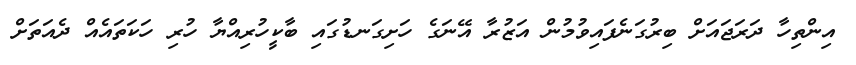
އިންތިހާ ދަރަޖައަށް ބިރުގަނެފައިވުމުން އަޒުރާ އޭނަގެ ހަށިގަނޑުގައި ބާކީހުރިއްޔާ ހުރި ހަކަތައެއް ދެއަތަށް